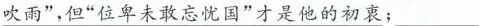
吹雨”，但”位卑未敢忘忧国”才是他的初衷；___